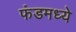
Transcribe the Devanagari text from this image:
फंडमध्ये